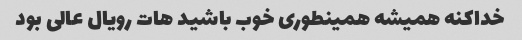
خداکنه همیشه همینطوری خوب باشید هات رویال عالی بود